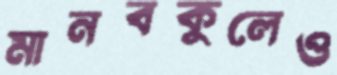
মানবকুলেও